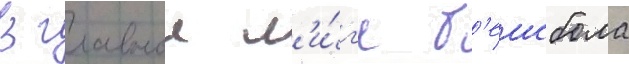
В главнои л'и́г'е б'еисбола